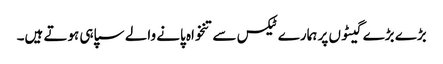
بڑے بڑے گیٹوں پر ہمارے ٹیکس سے تنخواہ پانے والے سپاہی ہوتے ہیں۔